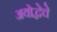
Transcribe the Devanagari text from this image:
अयोद्धेचे